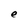
Character: e